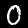
Digit: 0